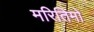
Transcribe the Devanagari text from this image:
मरितिमो